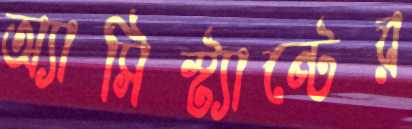
অ্যাসিস্ট্যান্টের